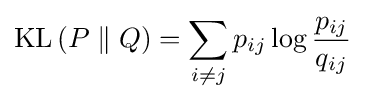
\mathrm {KL} \left(P\parallel Q\right)=\sum _{i\neq j}p_{ij}\log {\frac {p_{ij}}{q_{ij}}}